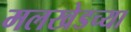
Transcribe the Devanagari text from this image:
मलखेडच्या